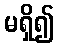
မရှိ၍